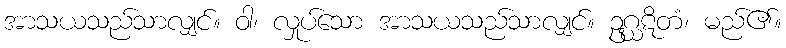
အာသယသည်သာလျှင်။ ဝါ၊ လှုပ်သော အာသယသည်သာလျှင်။ ဥဂ္ဃဋိတံ၊ မည်၏။